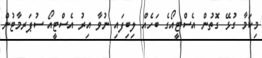
މިކަމާ ގުޅޭ ގޮތުން އެސްޓީއޯގެ ބަހެއް ލިބިފައި ނުވާ އިރު އެސްޓީއޯ ސުޕަރމާޓުން